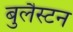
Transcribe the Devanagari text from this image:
बुलैस्टन